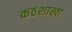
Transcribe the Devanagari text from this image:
कठशाखा